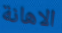
الاهانة